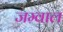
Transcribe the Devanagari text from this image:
जम्वाल